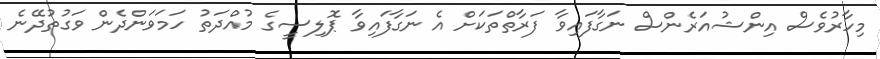
މިހާރުވެސް އިންޝުއަރެންސް ނަގާފައިވާ ފަރާތްތަކަށް އެ ނަގާފައިވާ ޕޮލިސީގެ މުއްދަތު ހަމަވަންދެން ވަގުތުދޭނެ